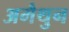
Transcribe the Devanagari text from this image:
अमैथुन